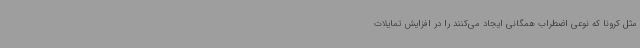
مثل کرونا که نوعی اضطراب همگانی ایجاد می‌کنند را در افزایش تمایلات